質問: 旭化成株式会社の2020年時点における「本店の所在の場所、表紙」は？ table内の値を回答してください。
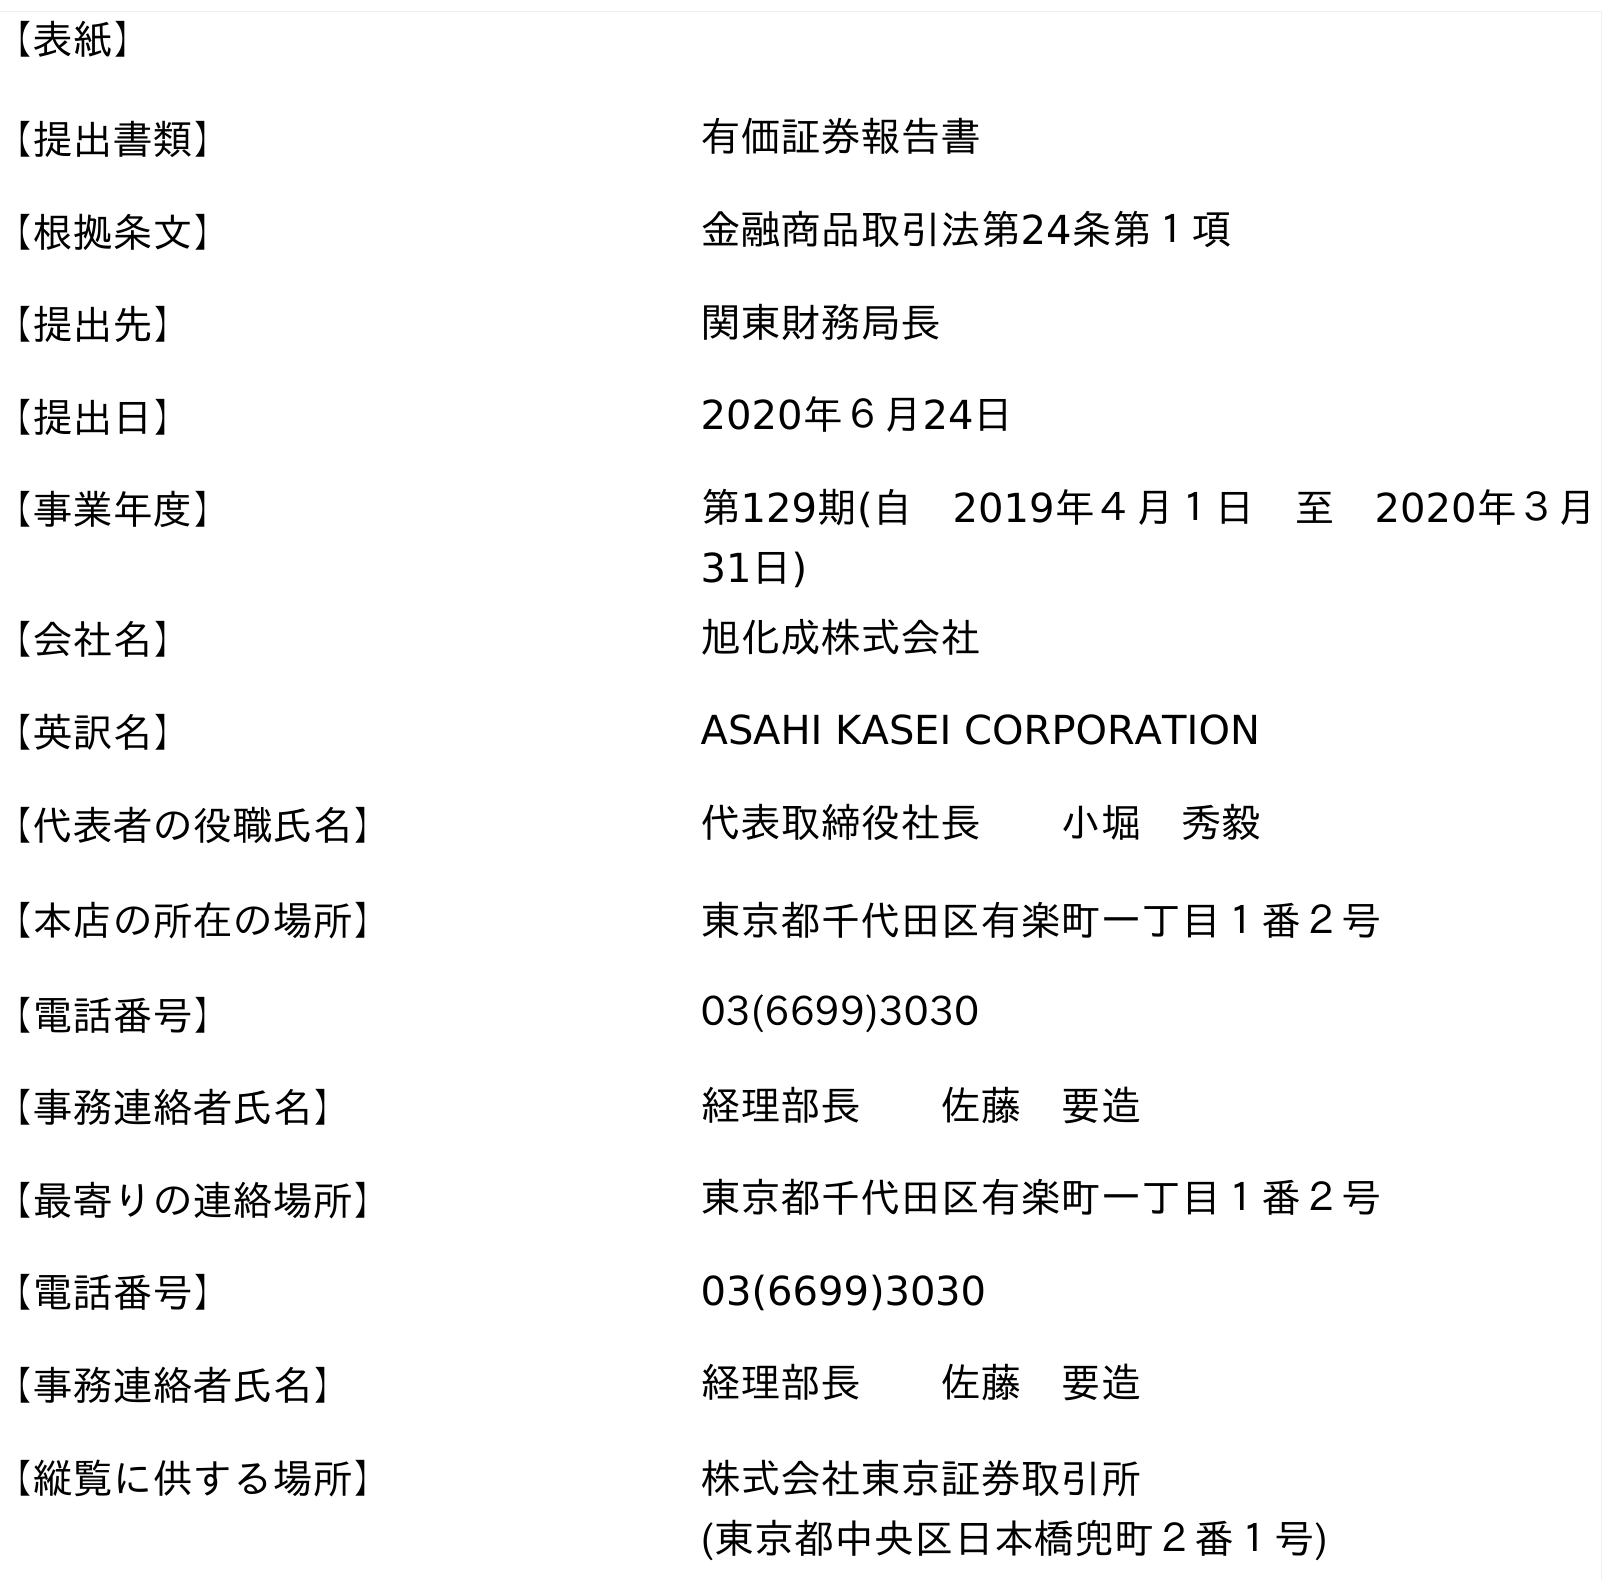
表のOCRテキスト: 【表紙】 【提出書類】 有価証券報告書 【根拠条文】 金融商品取引法第24条第１項 【提出先】 関東財務局長 【提出日】 2020年６月24日 【事業年度】 第129期(自 2019年４月１日 至 2020年３月 31日) 【会社名】 旭化成株式会社 【英訳名】 ASAHI KASEI CORPORATION 【代表者の役職氏名】 代表取締役社長  小堀 秀毅 【本店の所在の場所】 東京都千代田区有楽町一丁目１番２号 【電話番号】 03(6699)3030 【事務連絡者氏名】 経理部長  佐藤 要造 【最寄りの連絡場所】 東京都千代田区有楽町一丁目１番２号 【電話番号】 03(6699)3030 【事務連絡者氏名】 経理部長  佐藤 要造 【縦覧に供する場所】 株式会社東京証券取引所 (東京都中央区日本橋兜町２番１号)
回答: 東京都千代田区有楽町一丁目１番２号